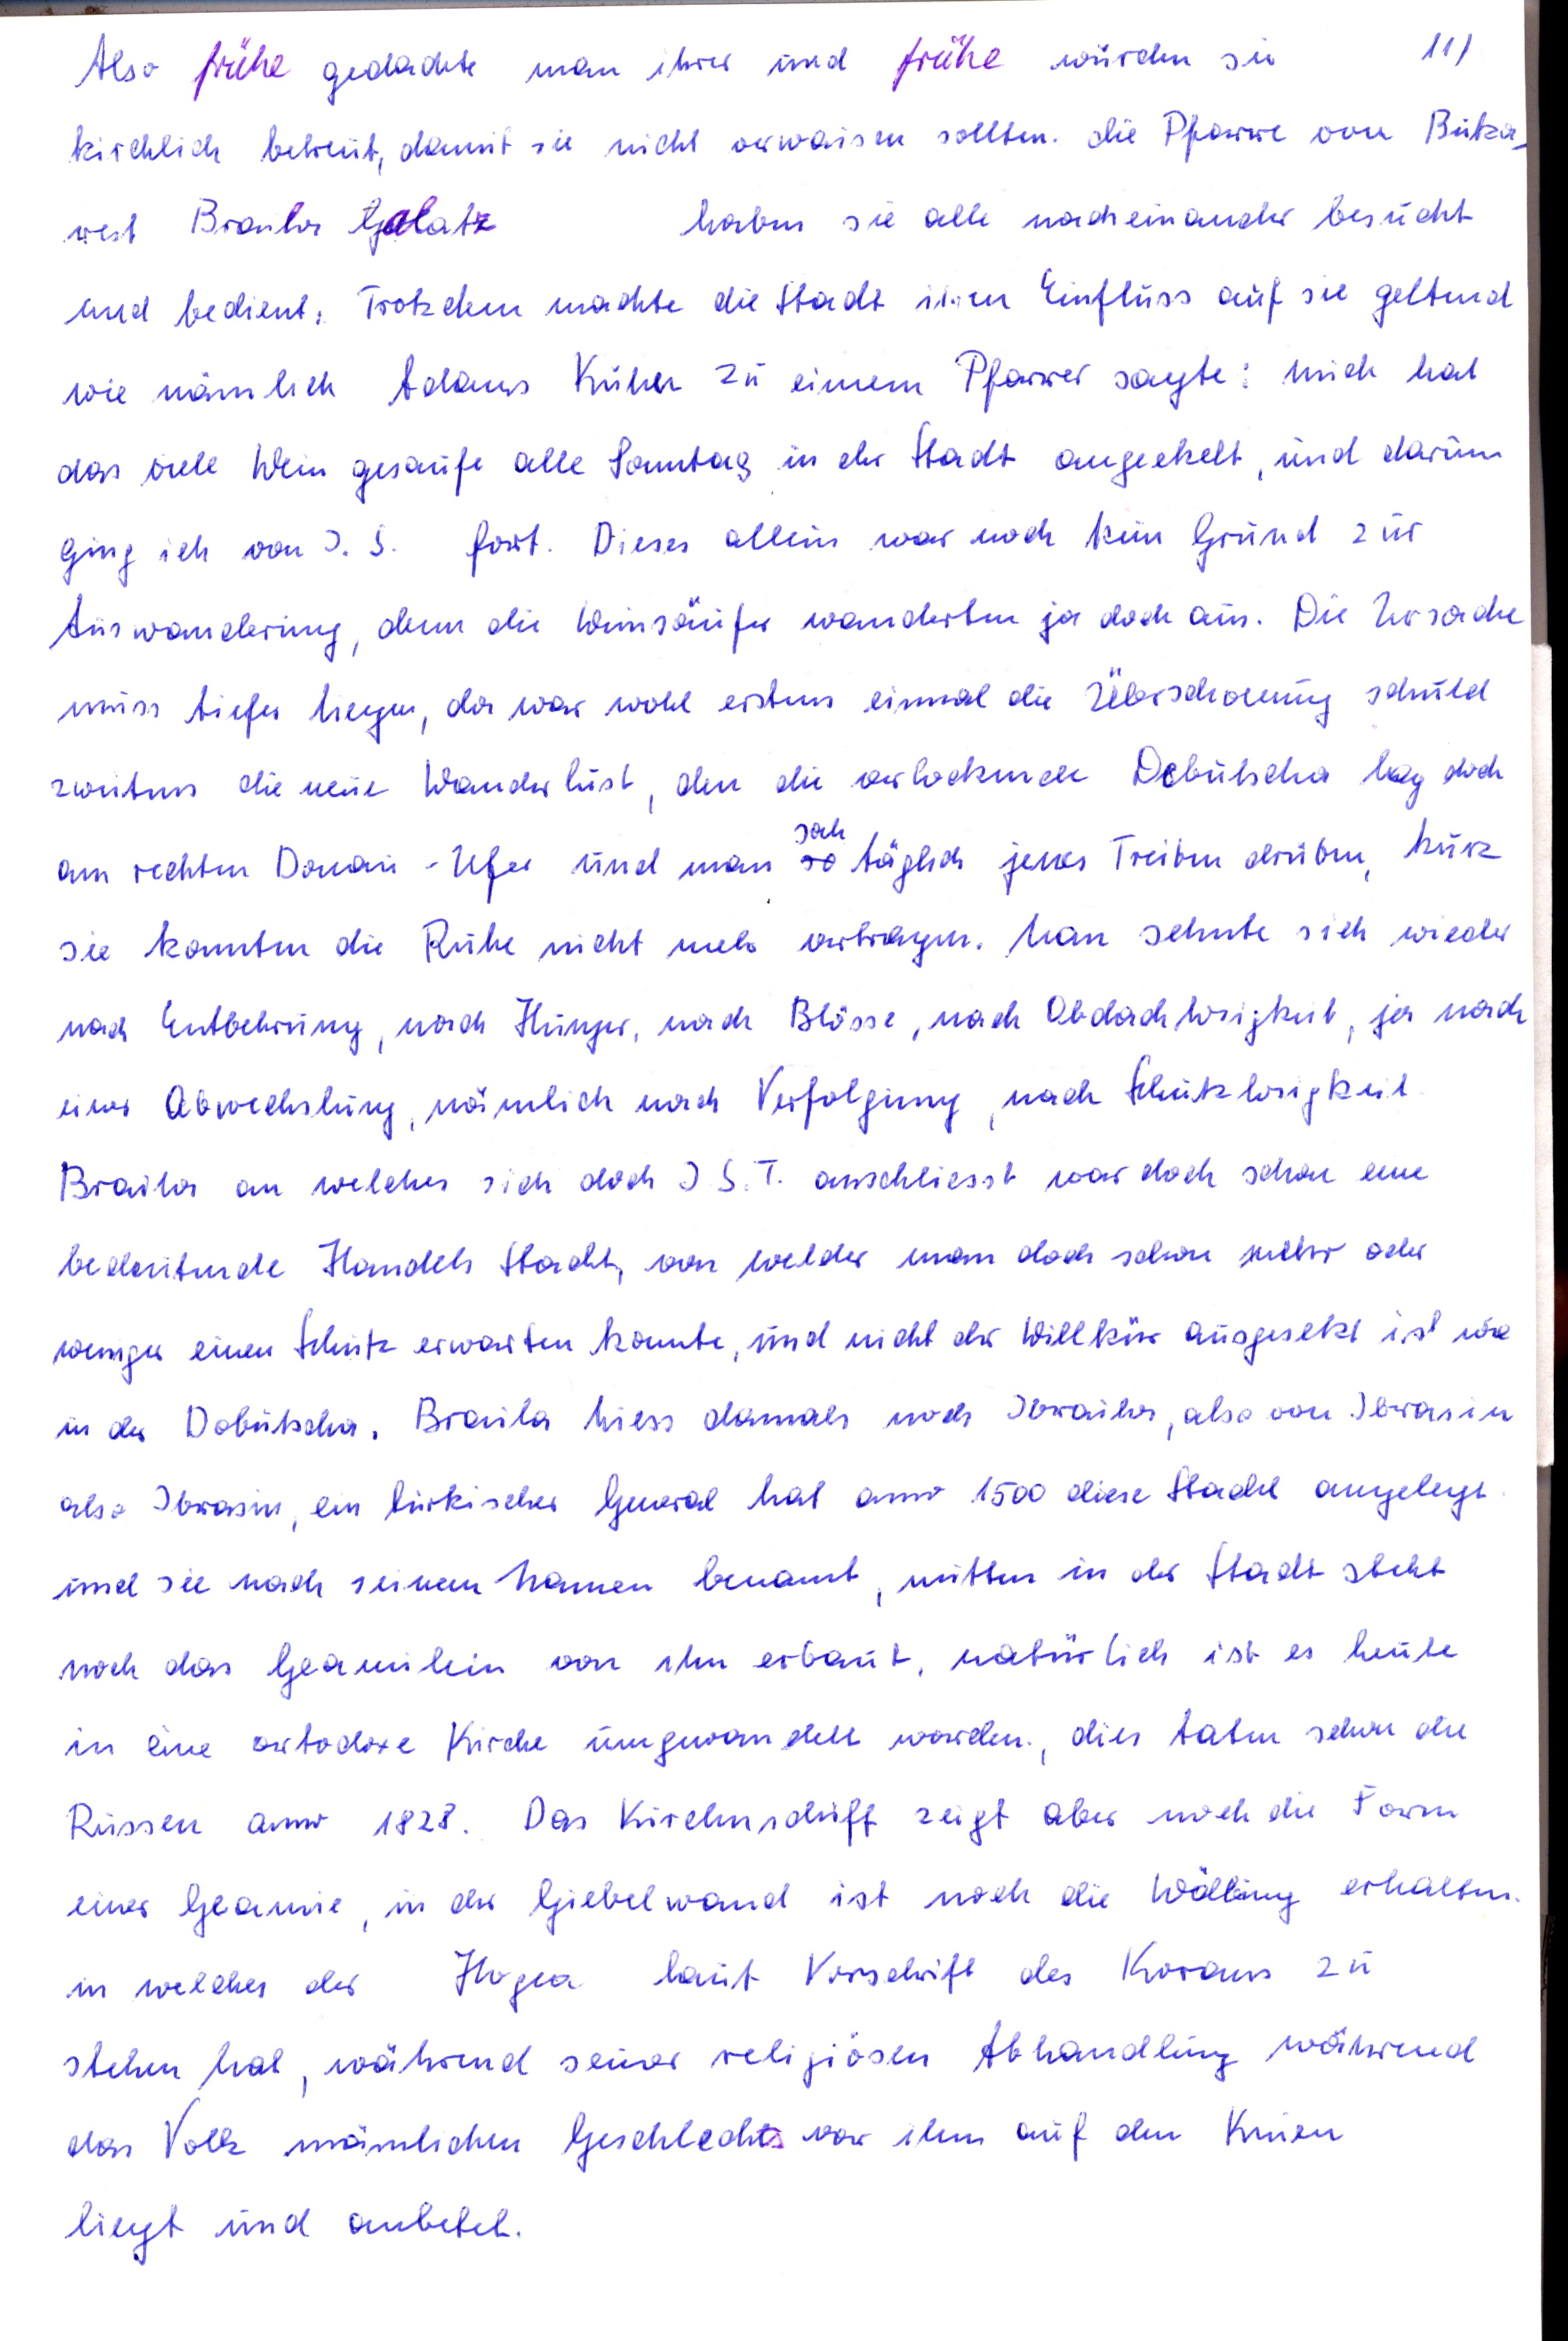
11)
Also frühe gedachte man ihrer und frühe wurden sie
kirchlich betreut, damit sie nicht verwaisen sollten. die Pfarre von Butza
haben sie alle nacheinander besucht
west Braila Galatz
und bedient. Trotzdem machte die Stadt ihren Einfluss auf sie geltend
wie nämlich Adams Kuhn zu einem Pfarrer sagte : mich hat
das viele Wein gesaufe alle Sonntag in der Stadt angeekelt, und darum
ging ich von J. S. fort. Dieses allein war noch kein Grund zur
Auswanderung, denn die Weinsäufer wanderten ja doch aus. Die Ursache
muss tiefer liegen, da war wohl erstens einmal die Überschwung schuld
zweitens die neue Wanderlust, den die verlockende Debutscha lag doch
sah
am rechten Donau-Ufer und man so täglich jenes Treiben drüben, kurz
sie konnten die Ruhe nicht mehr vertragen. Man sehnte sich wieder
nach Entbehrung, nach Hunger, nach Blösse, nach Obdachlosigkeit, ja nach
einer Abwechslung, nämlich nach Verfolgung, nach Schutzlosigkeit.
Braila an welches sich doch J. S. T. anschliesst war doch schon eine
bedeutende Handels Stadt, von welcher man doch schon mehr oder
weniger einen Schutz erwarten konnte, und nicht der Willkür ausgesetzt ist wie
in der Dobutscha. Braila hiess damals noch Ibraila, also von Ibrasin
also Ibrasin, ein türkischer General hat anno 1500 diese Stadt angelegt
und sie nach seinem Namen benannt, mitten in der Stadt steht
noch das Geamilein von ihm erbaut, natürlich ist es heute
in eine ortodoxe Kirche umgewandelt worden, dies taten schon die
Russen anno 1828. Das Kirchenschiff zeigt aber noch die Form
einer Geamie, in der Giebelwand ist noch die Wölbung erhalten,
in welcher der Hogea laut Vorschrift des Koran zu
stehen hat, während seiner religiösen Abhandlung während
das Volk männlichen Geschlechts vor ihm auf den Knien
liegt und anbetet.